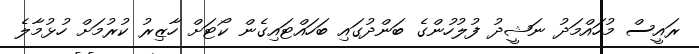
ރައީސް މުހައްމަދު ނަޝީދު ފުލުހުންގެ ބަންދުގައި ބަހައްޓައިގެން ކޯޓަށް ހާޒިރު ކުރުމަށް ހުޅުމާލެ